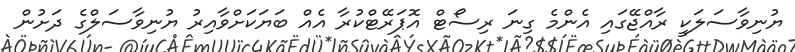
ޔުނިވާސަލަކީ ރާއްޖޭގައި އެންމެ ގިނަ ރިސޯޓް އޮޕަރޭޓްކުރާ އެއް ބަޔަކަށްވާއިރު ޔުނިވާސަލްގެ ދަށުން